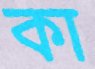
কা